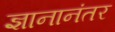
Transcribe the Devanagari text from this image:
ज्ञानानंतर